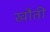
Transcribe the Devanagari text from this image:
खौती